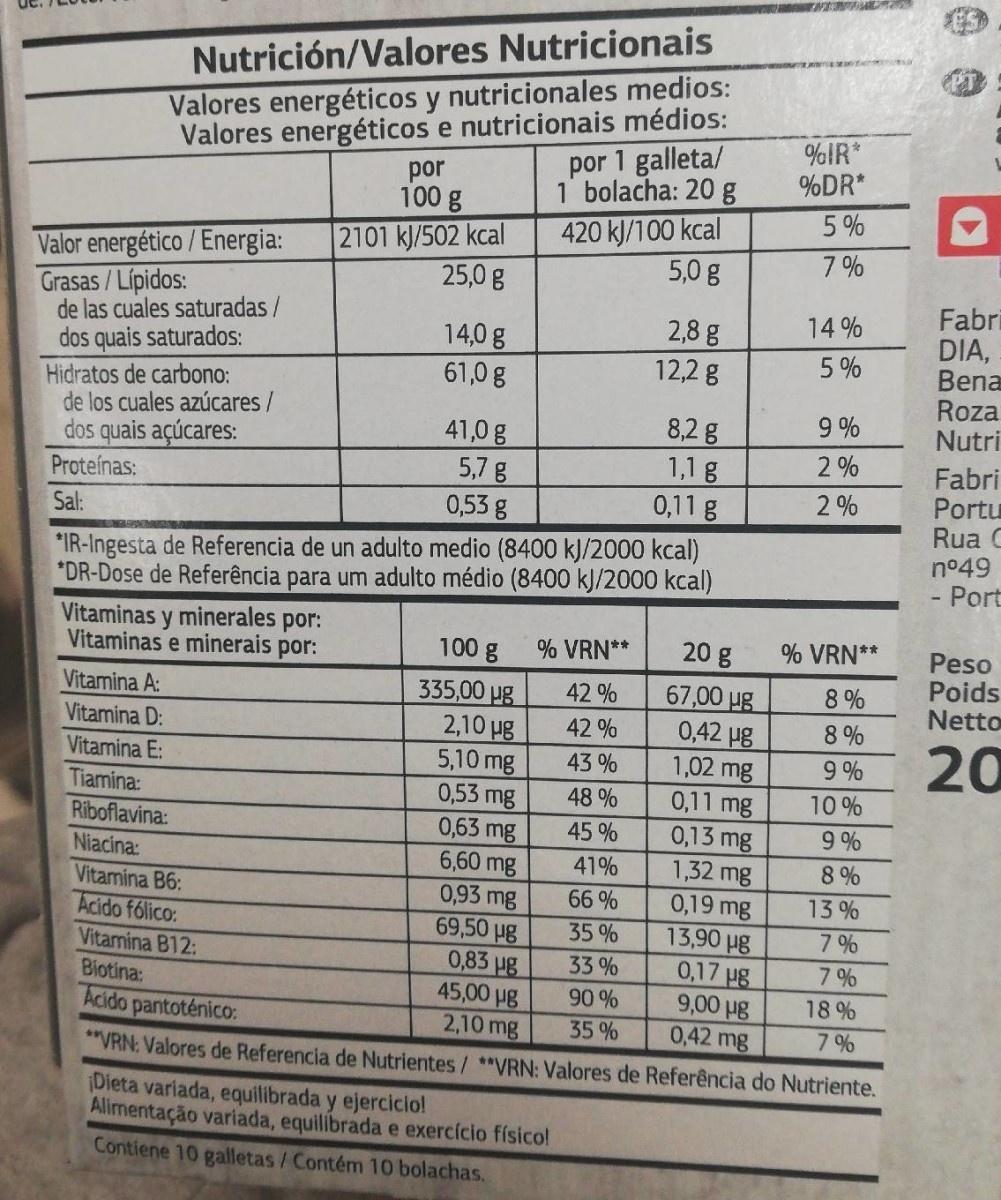
Nutrición/Valores Nutricionais
Valores energéticos y nutricionales medios: Valores energéticos e nutricionais médios: por 100 g
por 1 galleta/ bolacha: 20 g
%IR* %DR*
5 %
2101 kJ/502 kcal 25,0 g
420 kJ/100 kcal 5,0 g
Valor energético / Energia:
7 %
Grasas /Lípidos: de las cuales saturadas /
Fabri DIA, Bena Roza Nutri
14 %
14,0 g 61,0 g
2,8 g 12,2 g
dos quais saturados:
5 %
Hidratos de carbono: de los cuales azúcares/ dos quais açúcares:
9 %
41,0 g 5,7 g 0,53 g
8,2 g 1,1 g 0,11g
2%
Fabri Portu Rua C n°49 - Port
Proteínas:
2 %
Sal:
*IR-Ingesta de Referencia de un adulto medio (8400 kJ/2000 kcal) *DR-Dose de Referência para um adulto médio (8400 kJ/2000 kcal) Vitaminas y minerales por: Vitaminas e minerais por:
20 g 67,00 ug 0,42 Hg 1,02 mg 0,11 mg 0,13 mg 1,32 mg 0,19 mg 13,90 g 0,17 ug 9,00 Hg 0,42 mg
100 g
% VRN**
Peso Poids Netto
% VRN**
8%
335,00 µg 2,10 Hg 5,10 mg 0,53 mg 0,63 mg 6,60 mg 0,93 mg 69,50 ug 0,83 ug 45,00 Hg 2,10 mg **VRN: Valores de Referencia de Nutrientes/ **VRN: Valores de Referência do Nutriente.
Vitamina A:
42%
Vitamina D:
42 %
8 %
20
Vitamina E:
43 %
9 %
Tiamina:
48 %
10%
Riboflavina:
45 %
9 %
Niacina:
41%
8 %
Vitamina B6:
66 %
13%
Acido fólico: Vitamina B12: Biotina: Acido pantoténico:
35%
7%
33%
7 %
90 %
18 %
35 %
7 %
Dieta variada, equilibrada y ejercicio! Allmentação variada, equilibrada e exercício físico! Contiene 10 galletas/Contém 10 bolachas.